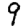
Digit: 9